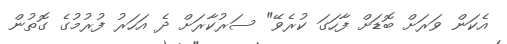
އެކަން ވަރަށް ބޮޑަށް ފާހަގަ ކުރެވޭ" ސަރުކާރަށް ދެ އަހަރު ފުރުމުގެ ގޮތުން